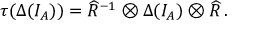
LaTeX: \tau ( \Delta ( I _ { A } ) ) = \widehat { R } ^ { - 1 } \otimes \Delta ( I _ { A } ) \otimes \widehat { R } \, .